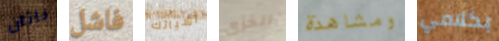
ناثان فاشل أشيائك الخزي ومشاهدة بكلامي